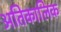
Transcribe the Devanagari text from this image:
अतिकालिक